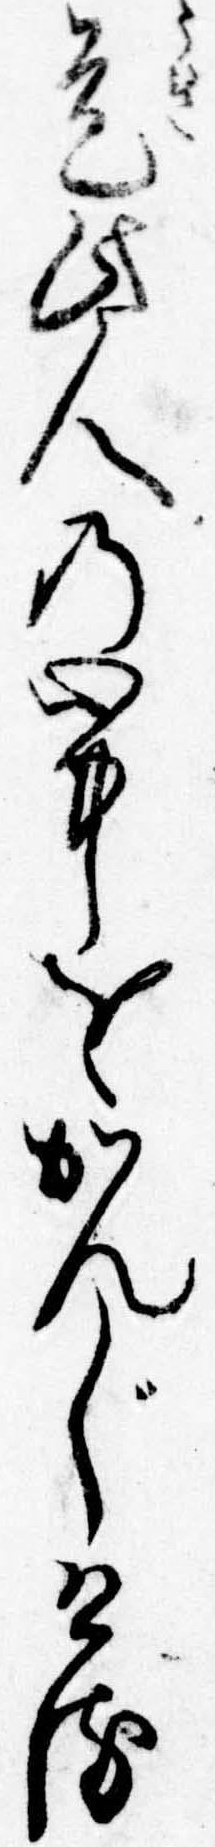
是此人の心中をかんじける